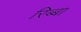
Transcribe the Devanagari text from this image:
रिब्बा